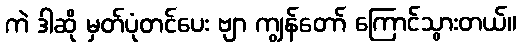
ကဲ ဒါဆို မှတ်ပုံတင်ပေး ဗျာ ကျွန်တော် ကြောင်သွားတယ်။